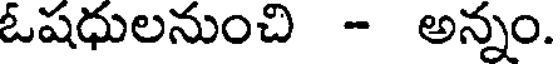
ఓషధులనుంచి - అన్నం.